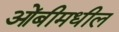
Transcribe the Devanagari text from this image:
ओंबीमधील